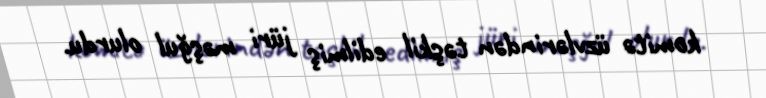
komitə üzvlərindən təşkil edilmiş jüri məşğul olurdu.